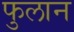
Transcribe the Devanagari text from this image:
फुलान